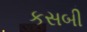
કસબી